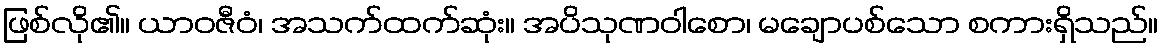
ဖြစ်လို၏။ ယာဝဇီဝံ၊ အသက်ထက်ဆုံး။ အပိသုဏဝါစော၊ မချောပစ်သော စကားရှိသည်။